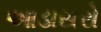
આડાસરો